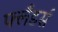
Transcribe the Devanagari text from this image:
फ्लँडर्स